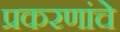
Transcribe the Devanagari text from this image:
प्रकरणांचे